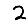
Digit: 2